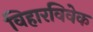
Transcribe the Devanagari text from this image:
विहारविवेक